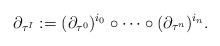
\begin{align*}\partial_{\tau^I}:=(\partial_{\tau^0})^{i_0}\circ\dots\circ (\partial_{\tau^{n}})^{i_{n}}.\end{align*}